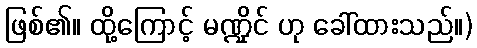
ဖြစ်၏။ ထို့ကြောင့် မဏ္ဍိုင် ဟု ခေါ်ထားသည်။)